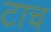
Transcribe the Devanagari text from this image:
टाच